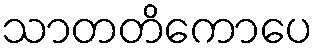
သာတတိကောပေ